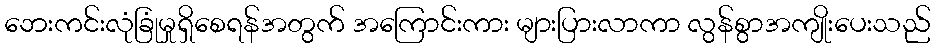
ဘေးကင်းလုံခြုံမှုရှိစေရန်အတွက် အကြောင်းကား များပြားလာကာ လွန်စွာအကျိုးပေးသည်